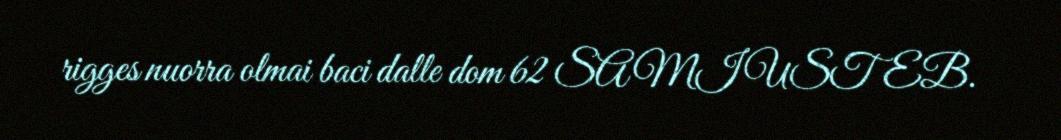
rigges nuorra olmai baci dalle dom 62 SAMI USTEB.